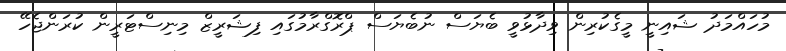
މުހައްމަދު ޝައިނީ މީގެކުރިން ވިދާޅުވީ ބެޔަސް ނުބެޔަސް ޕްރޮގްރާމުގައި ފިޝަރީޒް މިނިސްޓަރީން ކުރަންޖެހޭ